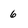
Character: 6